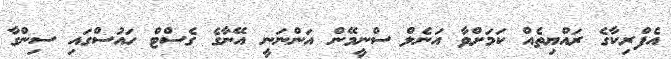
އެފްރިކާގެ ރައްޔިތެއް ކަމަށްވާ އަނެލް ސްނީމޭން އަންނަނީ އޭނާގެ ގެސްޓް ހައުސްގައި ސިންގާ